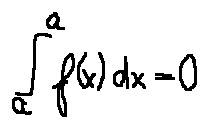
\int \limits _ { a } ^ { a } f ( x ) d x = 0